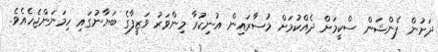
ދަށުން ޕެންޝަން ސްކީމަށް ދެއްކުމަށް މުސާރައިން އުނިކުރާ މިންވަރު ވަޒީފާގެ ބަޔާނުގައި ހިމަނަންޖެހެއެވެ.